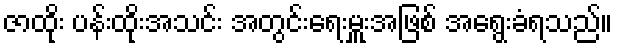
ဇာထိုး ပန်းထိုးအသင်း အတွင်းရေးမှူးအဖြစ် အရွေးခံရသည်။